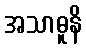
အသာဓူနိ